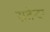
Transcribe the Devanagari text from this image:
सतेन्दर